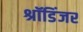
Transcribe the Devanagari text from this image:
श्रॉडिंजर